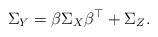
LaTeX: \begin{align*}\Sigma_Y=\beta\Sigma_X\beta^\top+\Sigma_Z.\end{align*}